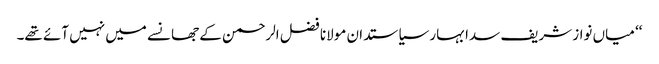
‘‘ میاں نواز شریف سدا بہار سیاستدان مولانا فضل الرحمن کے جھانسے میں نہیں آئے تھے۔